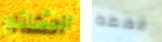
الشائع فهمه